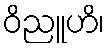
ဝိညူဟိ၊